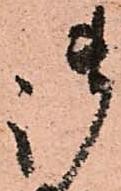
御